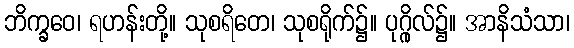
ဘိက္ခဝေ၊ ရဟန်းတို့။ သုစရိတေ၊ သုစရိုက်၌။ ပုဂ္ဂိုလ်၌။ အာနိသံသာ၊